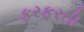
ફરફરતી